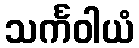
သင်္ကဝါယံ